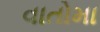
વાતોમા